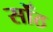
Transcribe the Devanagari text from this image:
सोँठ